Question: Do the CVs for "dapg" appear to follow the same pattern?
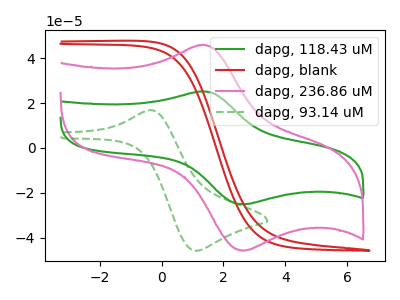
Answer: <think>The green curve "dapg, 118.43 uM" has an anodic peak at (1.30V, 25.20uA) and a cathodic peak at (2.65V, -25.15uA). The red curve "dapg, blank" has no peaks. The pink curve "dapg, 236.86 uM" has an anodic peak at (1.30V, 45.90uA) and a cathodic peak at (2.65V, -45.90uA). The green dashed curve "dapg, 93.14 uM" has an anodic peak at (-0.35V, 16.85uA) and a cathodic peak at (1.10V, -45.90uA).
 "dapg, 118.43 uM" and "dapg, blank" have a different number of peaks. All the peaks in "dapg, 118.43 uM" have a peak in "dapg, 236.86 uM" at the same potential. Every peak in "dapg, 118.43 uM" is lower than every peak in "dapg, 236.86 uM". "dapg, 118.43 uM" and "dapg, 93.14 uM" have at least one peak that do not match. "dapg, blank" and "dapg, 236.86 uM" have a different number of peaks. "dapg, blank" and "dapg, 93.14 uM" have a different number of peaks. "dapg, 236.86 uM" and "dapg, 93.14 uM" have at least one peak that do not match.</think>
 <answer>All the CV's of "dapg" have similar shape.</answer>
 <eval>follow_rule</eval>